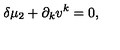
\delta \mu _ { 2 } + \partial _ { k } v ^ { k } = 0 ,